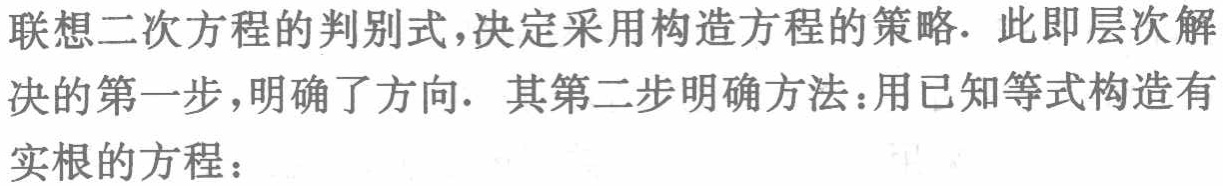
联想二次方程的判别式,决定采用构造方程的策略. 此即层次解决的第一步,明确了方向. 其第二步明确方法：用已知等式构造有实根的方程：